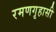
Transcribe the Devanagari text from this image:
रमणगृहासी